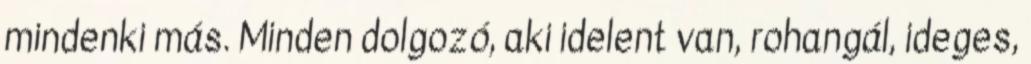
mindenki más. Minden dolgozó, aki idelent van, rohangál, ideges,